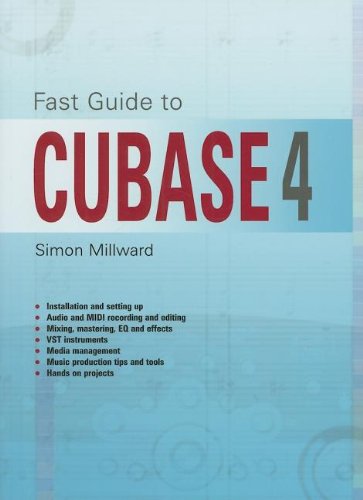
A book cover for Fast Guide to CUBASE 4; Simon Millward; Computers & Technology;